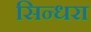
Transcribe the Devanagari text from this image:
सिन्धरा